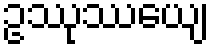
ဥဿုဿေယျ